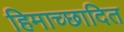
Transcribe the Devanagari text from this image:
हिमाच्‍छादित